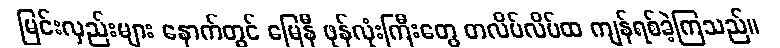
မြင်းလှည်းများ နောက်တွင် မြေနီ ဖုန်လုံးကြီးတွေ တလိပ်လိပ်ထ ကျန်ရစ်ခဲ့ကြသည်။